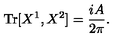
\mathrm { T r } [ X ^ { 1 } , X ^ { 2 } ] = \frac { i A } { 2 \pi } .